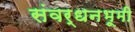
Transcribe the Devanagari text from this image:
संवर्धनभूमी